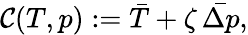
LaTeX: \mathcal{C}(T,p):=\bar{T}+\zeta\, \bar{\Delta p},